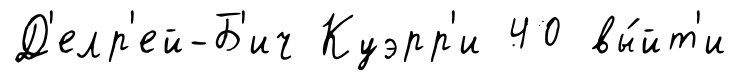
Д'елр'ей-Б'ич Куэрр'и 40 вы́йт'и